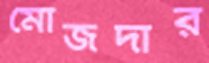
মোজদার